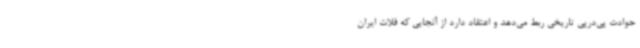
حوادث پی‌درپی تاریخی ربط می‌دهد و اعتقاد دارد از آنجایی که فلات ایران